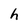
Character: h